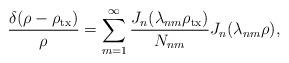
LaTeX: \begin{align*} \frac{{\delta (\rho - {\rho _{\rm tx}})}}{\rho } = \sum\limits_{m = 1}^\infty {\frac{{{J_n}({\lambda _{nm}}{\rho _{\rm tx}})}}{{{N_{nm}}}}} {J_n}({\lambda _{nm}}\rho ), \end{align*}